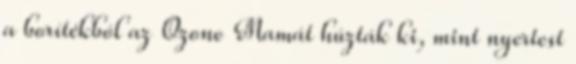
a borítékból az Ozone Mamát húzták ki, mint nyertest